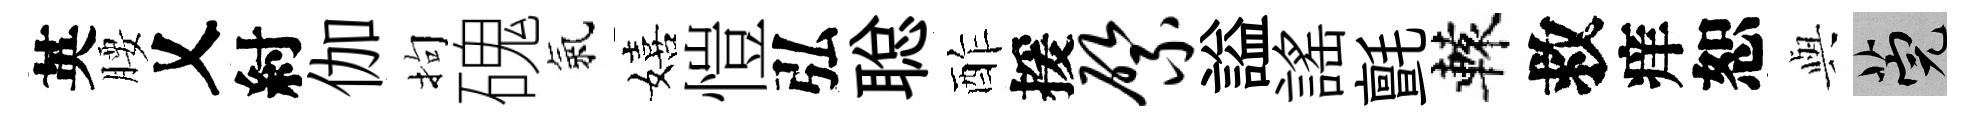
英腰乂紂伽拘磈氣嬉愷弘聪酢援綮謚謡氈轅救痒恕𫤰筦